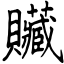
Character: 贜